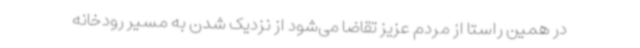
در همین راستا از مردم عزیز تقاضا می‌شود از نزدیک شدن به مسیر رودخانه‌